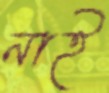
নাই